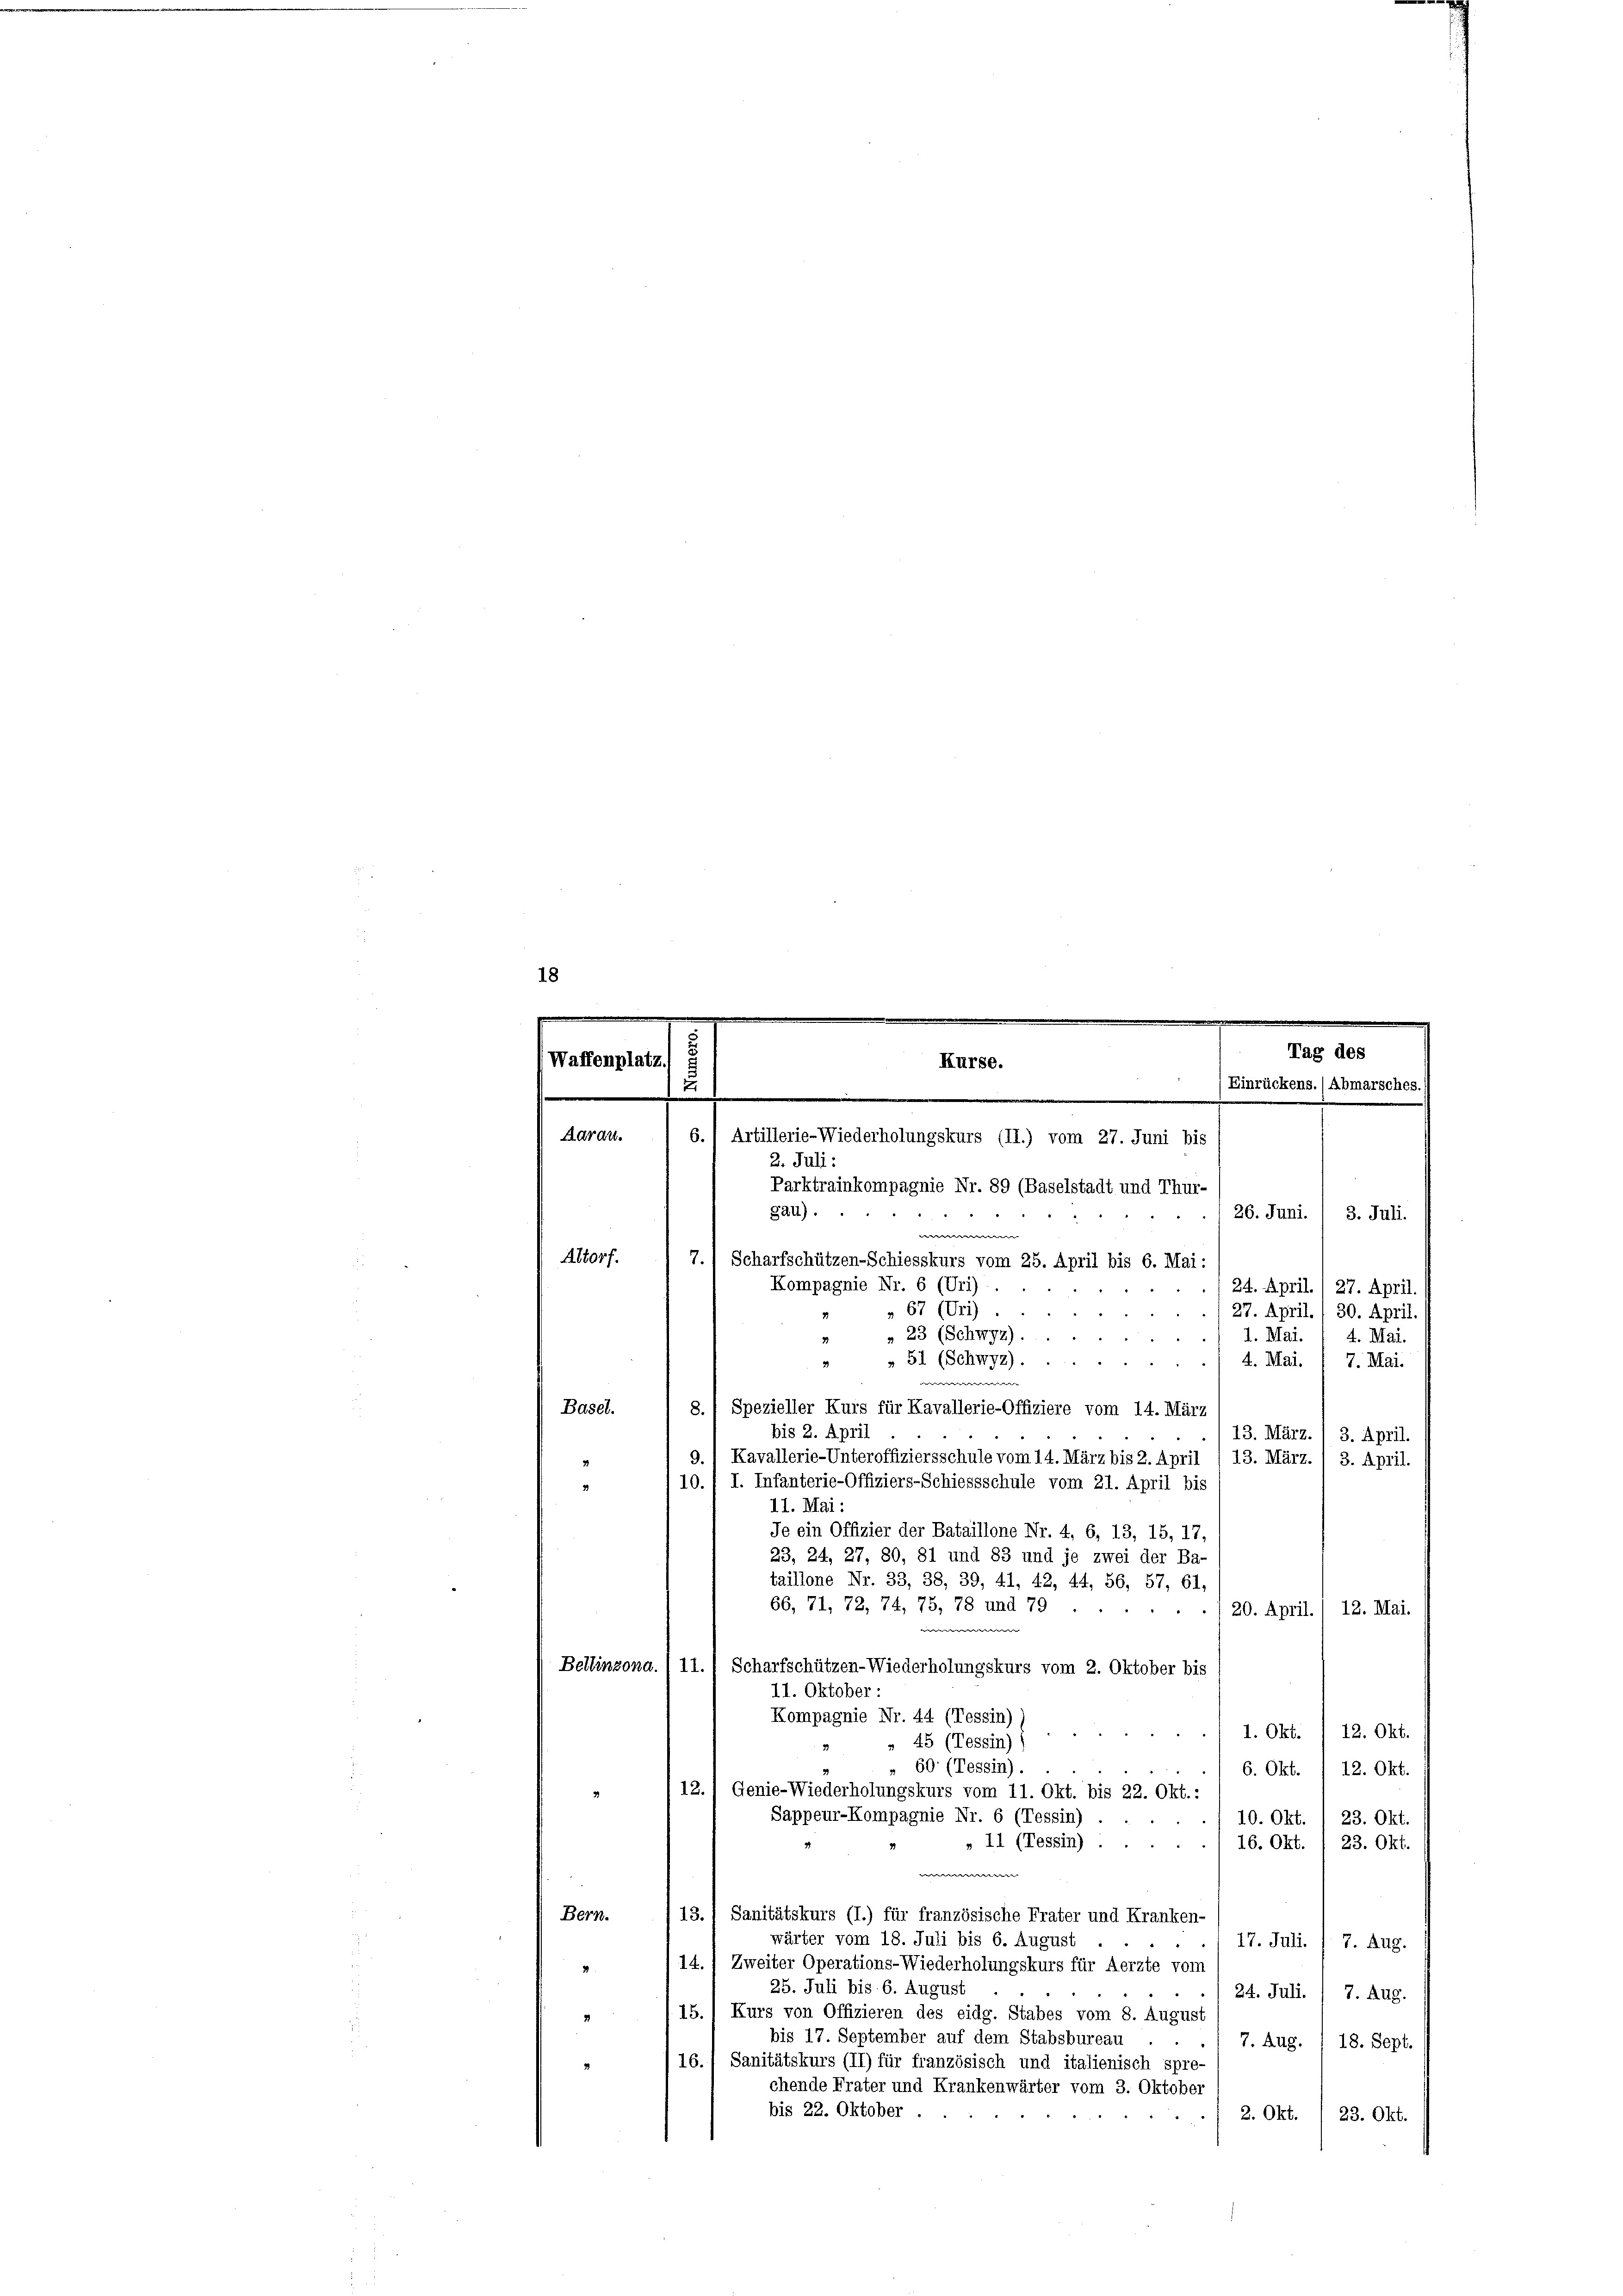
18
.
.
.
Tag des
Waffenplatz)
Kurse.
e

.
2. Juli:
Parktrainkompagnie Nr. 89 (Baselstadt und Thur-
gau).
26. Juni. / 3. Juli.
e
7.) Scharfschützen-Schiesskurs vom 25. April bis 6. Mai:
24. April. / 27. April.
27. April. 1 30. April.
1. Mai
4. Mai.
4. Mai. 1 7. Mai.
-
8. 1 Spezieller Kurs für Kavallerie-Offiziere vom 14. März
bis 2. April
13. März.
3. April.
9., Kavallerie-Unteroffiziersschule vom 14. März bis 2. April / 13. März.
3. April.
I. Infanterie-Offiziers-Schiessschule vom 21. April bis
10
2
11. Mai:
Je ein Offizier der Bataillone Nr. 4, 6, 13, 15, 17,
23, 24, 27, 80, 81 und 83 und je zwei der Ba-
taillone Nr. 33, 38, 39, 41, 42, 44, 56, 57, 61.
66, 71, 72, 74, 75, 78 und 79
20. April. / 12. Mai.
Bellinzona.
11.) Scharfschützen-Wiederholungskurs vom 2. Oktober bis
11. Oktober:
Kompagnie Nr. 44 (Tessin)
1. Okt. 1 12. Okt.
 45 (Tessin) (
" 60 (Tessin).
6. Okt. 12. Okt.
12.) Genie-Wiederholungskurs vom 11. Okt. bis 22. Okt.:
Sappeur-Kompagnie Nr. 6 (Tessin).
10. Okt.
23. Okt.
11 (Tessin).
23. Okt.
16. Okt.
n
13., Sanitätskurs (I.) für französische Frater und Kranken-
Bern.
wärter vom 18. Juli bis 6. August
17. Juli. / 7. Aug.
14. 1 Zweiter Operations-Wiederholungskurs für Aerzte vom
25. Juli bis 6. August
24. Juli. / 7. Aug.
15.) Kurs von Offizieren des eidg. Stabes vom 8. August
2
bis 17. September auf dem Stabsbureau .
7. Aug. I 18. Sept.
16.) Sanitätskurs (II) für französisch und italienisch spre-
chende Frater und Krankenwärter vom 3. Oktober
bis 22. Oktober.
2. Okt. 1 23. Okt.

Aarau.
Altorf.
Basel.

Kompagnie Nr. 6 (Uri)
 67 (Uri)
» 23 (Schwyz).
3
 51 (Schwyz).
2

Einrückens.) Abmarsches.
6.) Artillerie-Wiederholungskurs (II.) vom 27. Juni bis